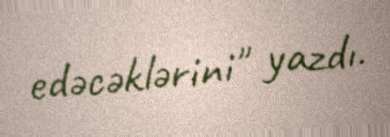
edəcəklərini" yazdı.